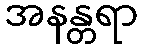
အနန္တရာ